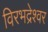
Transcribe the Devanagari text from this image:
विरभद्रेश्वर